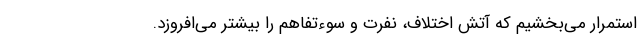
استمرار می‌بخشیم که آتش اختلاف، نفرت و سوءتفاهم را بیشتر می‌افروزد.